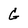
Character: G